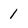
Character: 1